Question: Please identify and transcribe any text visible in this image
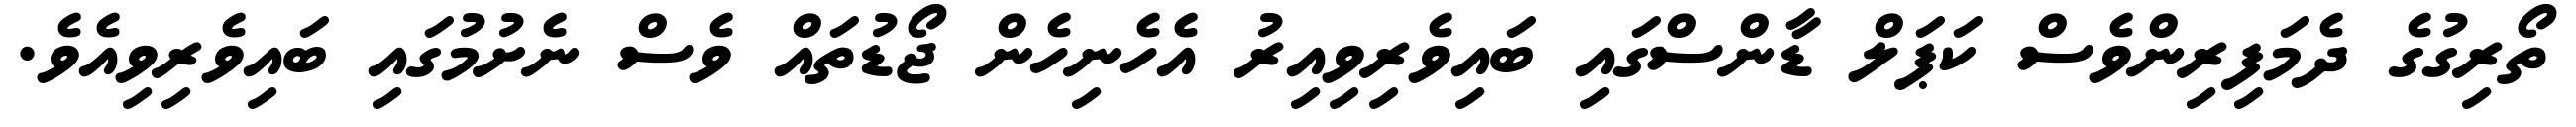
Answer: ތޯރިގުގެ ދެމަފިރިންވެސް ކަޕަލް ޑާންސްގައި ބައިވެރިވިއިރު އެހެނިހެން ޖޯޑުތައް ވެސް ނެށުމުގައި ބައިވެރިވިއެވެ.